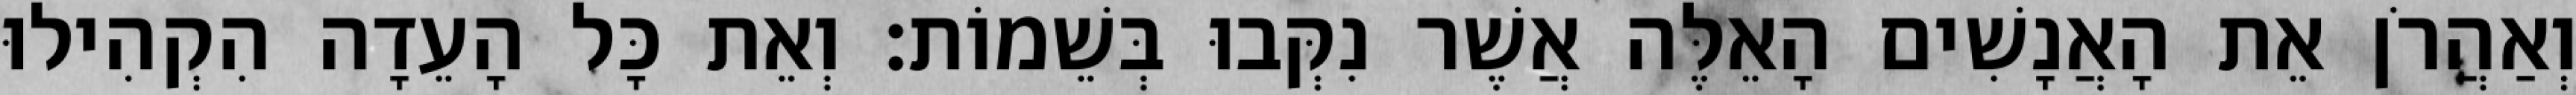
וְאַהֲרֹן אֵת הָאֲנָשִׁים הָאֵלֶּה אֲשֶׁר נִקְּבוּ בְּשֵׁמוֹת׃ וְאֵת כָּל הָעֵדָה הִקְהִילוּ